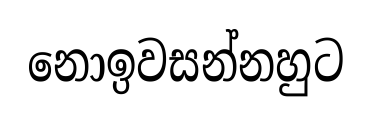
නොඉවසන්නහුට